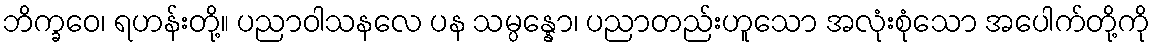
ဘိက္ခဝေ၊ ရဟန်းတို့။ ပညာဝါသနလေ ပန သမ္ပန္နော၊ ပညာတည်းဟူသော အလုံးစုံသော အပေါက်တို့ကို